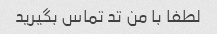
لطفا با من تد تماس بگیرید